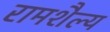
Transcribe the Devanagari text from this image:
रामशैल्य